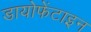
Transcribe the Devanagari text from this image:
डायोफेंटाइन